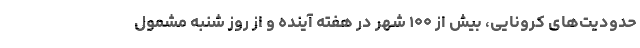
حدودیت‌های کرونایی، بیش از ۱۰۰ شهر در هفته آینده و از روز شنبه مشمول